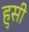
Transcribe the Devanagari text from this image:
हुसी